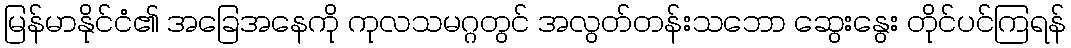
မြန်မာနိုင်ငံ၏ အခြေအနေကို ကုလသမဂ္ဂတွင် အလွတ်တန်းသဘော ဆွေးနွေး တိုင်ပင်ကြရန်